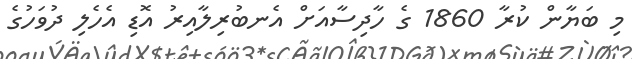
މި ބަޔާން ކުރާ 1860 ގެ ހާދިސާއަށް އެނބުރިލާއިރު އޮޑި އެހެލި ދުވަހުގެ